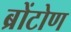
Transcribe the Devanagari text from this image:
ब्रोंटोण